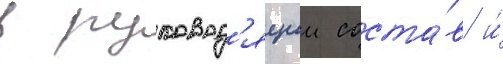
в руковод'ящии соста́в и́